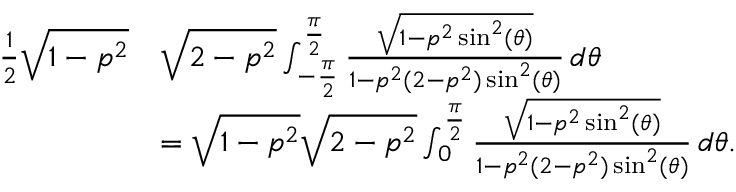
\begin{array} { r l } { \frac { 1 } { 2 } \sqrt { 1 - p ^ { 2 } } } & { \sqrt { 2 - p ^ { 2 } } \int _ { - \frac { \pi } { 2 } } ^ { \frac { \pi } { 2 } } \frac { \sqrt { 1 - p ^ { 2 } \sin ^ { 2 } ( \theta ) } } { 1 - p ^ { 2 } ( 2 - p ^ { 2 } ) \sin ^ { 2 } ( \theta ) } \, d \theta } \\ & { = \sqrt { 1 - p ^ { 2 } } \sqrt { 2 - p ^ { 2 } } \int _ { 0 } ^ { \frac { \pi } { 2 } } \frac { \sqrt { 1 - p ^ { 2 } \sin ^ { 2 } ( \theta ) } } { 1 - p ^ { 2 } ( 2 - p ^ { 2 } ) \sin ^ { 2 } ( \theta ) } \, d \theta . } \end{array}